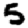
Digit: 5